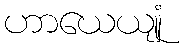
ဟာယေယျုံ